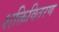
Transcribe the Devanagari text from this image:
शक्तिवितरण